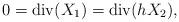
LaTeX: \begin{align*}0=\operatorname{div}(X_{1})=\operatorname{div}(hX_{2}),\end{align*}